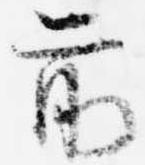
前